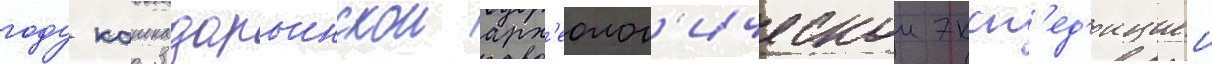
году кашкадарьинскои арх'еолог'ическои эксп'ед'ициеи